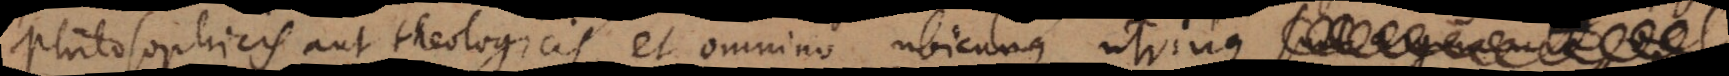
philosophicis aut theologicis, et omnino ubicunque utrinque